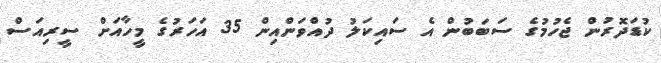
ކުޑަދޮރުން ޖެހުމުގެ ސަބަބުން އެ ސައިކަލު ދުއްވަންއިން 35 އަހަރުގެ މީހާއަށް ސީރިއަސް